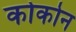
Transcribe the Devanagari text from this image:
कोकोन